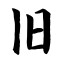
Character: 旧